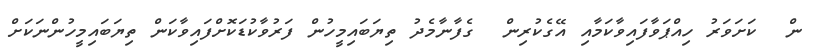
ން  ކަށަވަރު ހިއްޕަވާފައިވާކަމާއި އޭގެކުރިން  ގެފާނާމެދު ތިޔަބައިމީހުން ފަރުވާކުޑަކޮށްފައިވާކަން ތިޔަބައިމީހުންނަކަށް